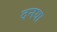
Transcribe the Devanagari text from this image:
दनया